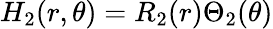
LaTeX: H_{2}(r,\theta)=R_{2}(r)\Theta_{2}(\theta)